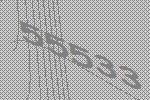
55533